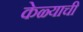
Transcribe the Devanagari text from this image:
केळ्याची